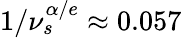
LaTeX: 1/\nu_{s}^{\alpha/e}\approx 0.057